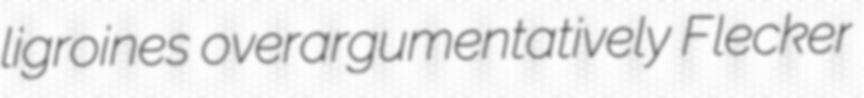
ligroines overargumentatively Flecker